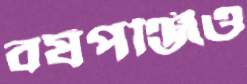
বর্ষপঞ্জিও